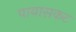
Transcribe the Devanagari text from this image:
पायासकट